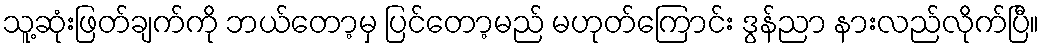
သူ့ဆုံးဖြတ်ချက်ကို ဘယ်တော့မှ ပြင်တော့မည် မဟုတ်ကြောင်း ဒွန်ညာ နားလည်လိုက်ပြီ။